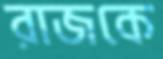
রাজকে